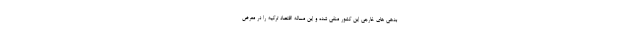
بدهی های خارجی این کشور منفی شده و این مساله اقتصاد ترکیه را در معرض